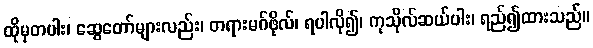
ထိုမှတပါး၊ ဆွေတော်များလည်း၊ တရားမဂ်ဖိုလ်၊ ရပါလို၍၊ ကုသိုလ်ဆယ်ပါး၊ ရည်၍ထားသည်။